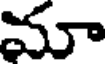
మా